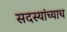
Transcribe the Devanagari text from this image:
सदस्यांच्याच